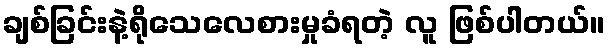
ချစ်ခြင်းနဲ့ရိုသေလေစားမှုခံရတဲ့ လူ ဖြစ်ပါတယ်။